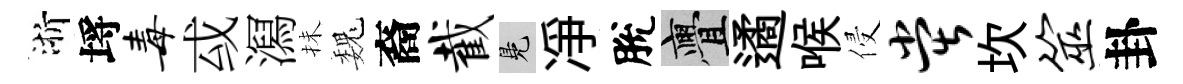
浙埓毒㦯㵼抺巍裔截鳬凈脫亹遹喉侵堂坎筮卦